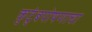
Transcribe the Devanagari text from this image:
कुटुंबपोषणाचा